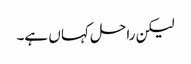
لیکن راحل کہا ں ہے۔